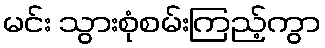
မင်း သွားစုံစမ်းကြည့်ကွာ